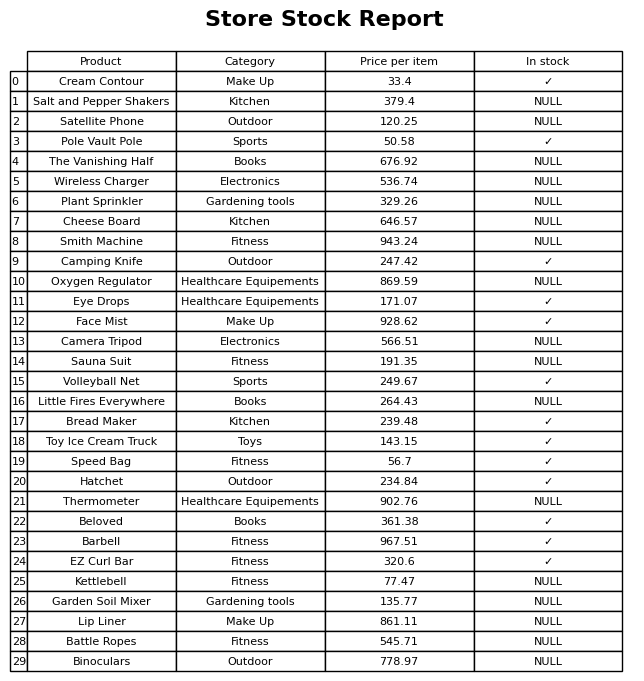
question: What is the price for Smith Machine?
answer: The price of Smith Machine is 943.24.